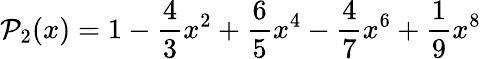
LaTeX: {\cal P}_{2}(x)=1-\frac{4}{3}x^{2}+\frac{6}{5}x^{4}-\frac{4}{7}x^{6}+\frac{1}{9}x^{8}